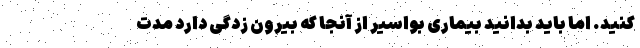
کنید. اما باید بدانید بیماری بواسیر از آنجا که بیرون زدگی دارد مدت